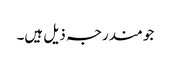
جو مندرجہ ذیل ہیں۔